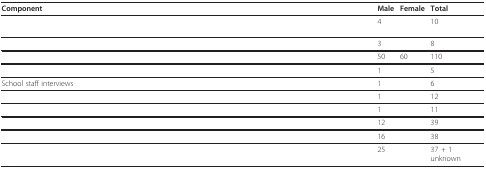
<table><thead><tr><td><b>Component</b></td><td><b>Male</b></td><td><b>Female</b></td><td><b>Total</b></td></tr></thead><tbody><tr><td>[EMPTY_CELL]</td><td>4</td><td>[EMPTY_CELL]</td><td>10</td></tr><tr><td>[EMPTY_CELL]</td><td>3</td><td>[EMPTY_CELL]</td><td>8</td></tr><tr><td>[EMPTY_CELL]</td><td>50</td><td>60</td><td>110</td></tr><tr><td>[EMPTY_CELL]</td><td>1</td><td>[EMPTY_CELL]</td><td>5</td></tr><tr><td>School staff interviews</td><td>1</td><td>[EMPTY_CELL]</td><td>6</td></tr><tr><td>[EMPTY_CELL]</td><td>1</td><td>[EMPTY_CELL]</td><td>12</td></tr><tr><td>[EMPTY_CELL]</td><td>1</td><td>[EMPTY_CELL]</td><td>11</td></tr><tr><td>[EMPTY_CELL]</td><td>12</td><td>[EMPTY_CELL]</td><td>39</td></tr><tr><td>[EMPTY_CELL]</td><td>16</td><td>[EMPTY_CELL]</td><td>38</td></tr><tr><td>[EMPTY_CELL]</td><td>25</td><td>[EMPTY_CELL]</td><td>37 + 1 unknown</td></tr></tbody></table>